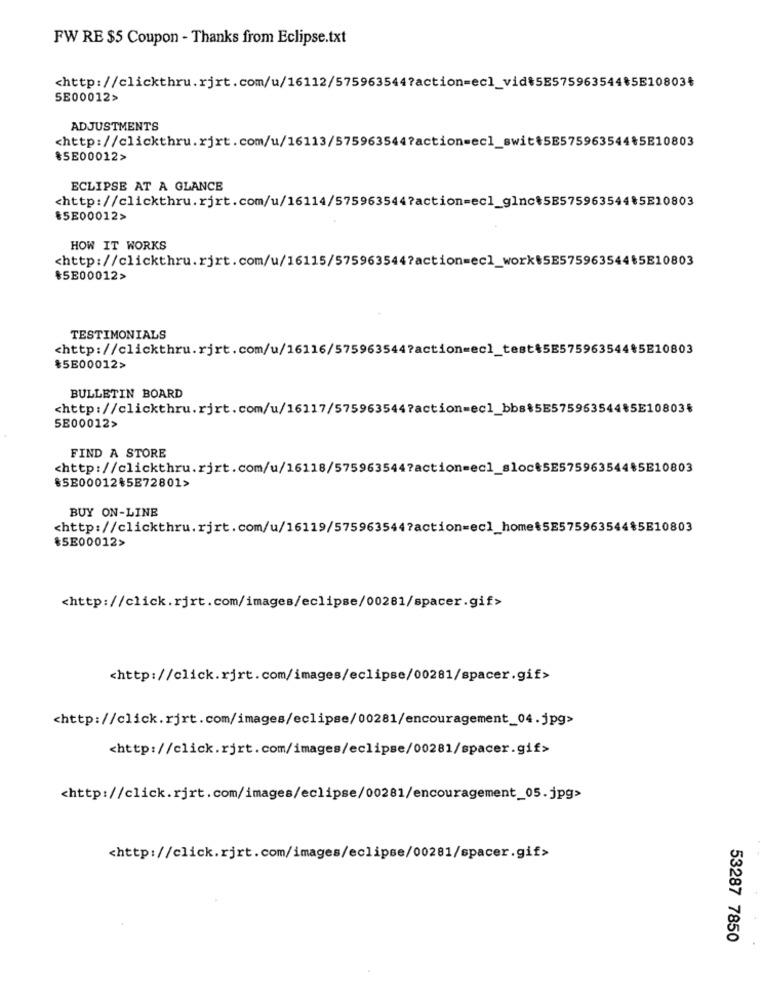
FW RE $5 Coupon - Thanks from Eclipse.txt
<http://clickthru.rjrt.com/u/16112/575963544?action=ecl_vid$5E575963544₺5E10803₺
5E00012>
ADJUSTMENTS
<http://clickthru.rjrt.com/u/16113/575963544?action=ecl_switt5E575963544*5E10803
85E00012>
ECLIPSE AT A GLANCE
<http://clickthru.rjrt.com/u/16114/575963544?action=ecl_glnc$5B575963544₺5E10803
85E00012>
HOW IT WORKS
<http://clickthru.rjrt.com/u/16115/575963544?action=ecl_work$5E575963544$5E10803
$5E00012>
TESTIMONIALS
<http://clickthru.rjrt.com/u/16116/575963544?action=ecl_test&5E575963544*5E10803
₹5E00012>
BULLETIN BOARD
<http://clickthru.rjrt.com/u/16117/575963544?action=ecl_bbs$5E57596354485E10803₺
5E00012>
FIND A STORE
៛5B00012%5E72801>
BUY ON-LINE
<http://clickthru.rjrt.com/u/16119/575963544?action=ecl_home$5E575963544$5E10803
€5E00012>
<http://click.rjrt.com/images/eclipse/00281/spacer.gif>
<http://click.rjrt.com/images/eclipse/00281/spacer.gif>
<http://click.rjrt.com/images/eclipse/00281/encouragement_04.jpg>
<http://click.rjrt.com/images/eclipse/00281/spacer.gif>
<http://click.rjrt.com/images/eclipse/00281/encouragement_05.jpg>
<http://click.rjrt.com/images/eclipse/00281/spacer.gif>
53287 7850